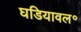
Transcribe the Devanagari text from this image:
घडियावल॰